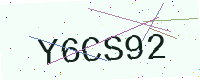
Text: Y6CS92